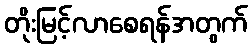
တိုးမြင့်လာစေရန်အတွက်